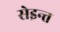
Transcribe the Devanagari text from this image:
सेइन्त